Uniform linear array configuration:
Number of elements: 16
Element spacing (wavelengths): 1
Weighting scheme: kaiser
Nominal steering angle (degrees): -15
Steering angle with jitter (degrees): -15.184
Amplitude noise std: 0.05
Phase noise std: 0.05

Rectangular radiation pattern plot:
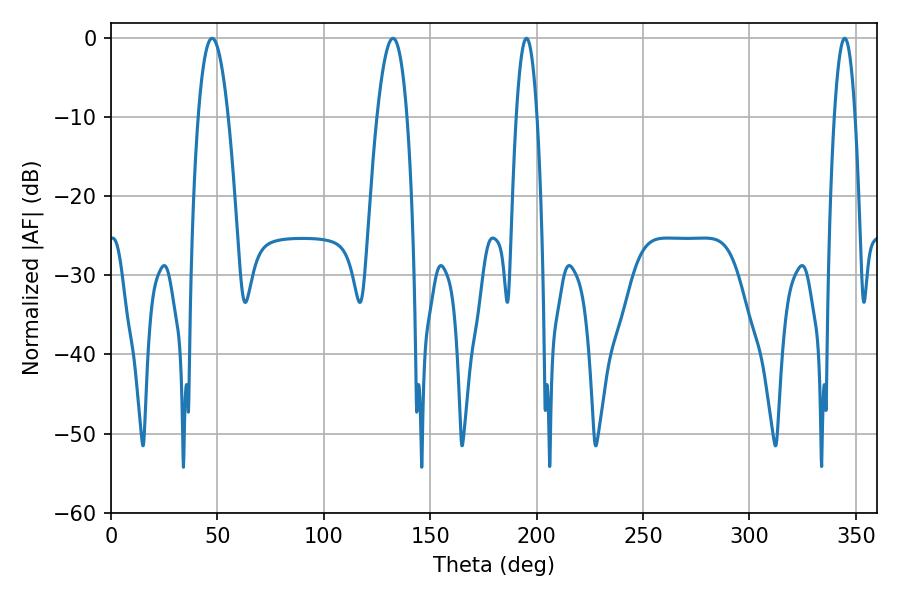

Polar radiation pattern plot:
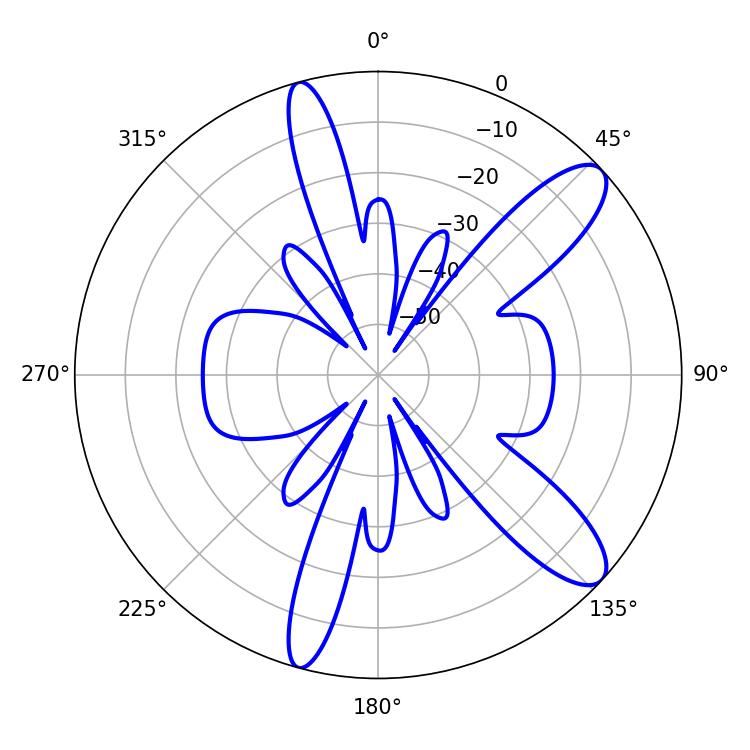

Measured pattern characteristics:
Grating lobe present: TRUE
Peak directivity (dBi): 10.909
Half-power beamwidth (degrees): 7.74
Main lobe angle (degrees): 47.52